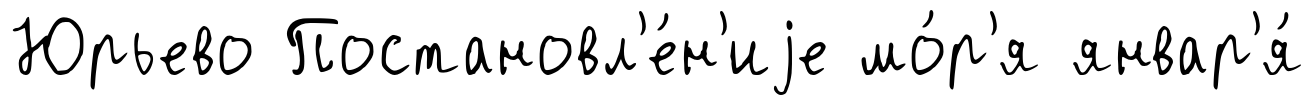
Юрьево Постановл'е́н'иjе мо́р'я январ'я́